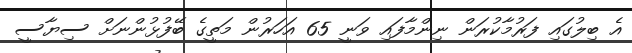
އެ ބިލުގައި ފަރުމާކުރަން ނިންމާފައި ވަނީ 65 އަހަރުން މަތީގެ ބޭފުޅުންނަށް ސިޔާސީ